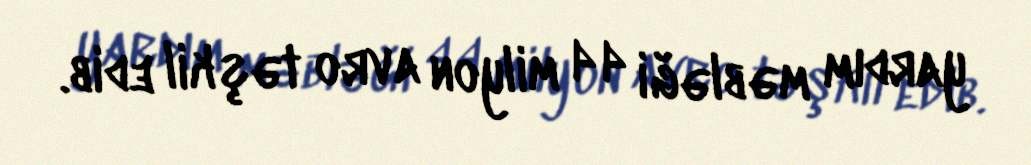
yardım məbləği 44 milyon avro təşkil edib.